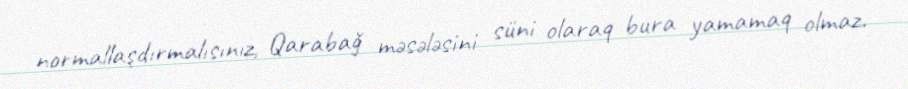
normallaşdırmalısınız, Qarabağ məsələsini süni olaraq bura yamamaq olmaz.